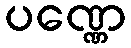
ပဏ္ဏေ